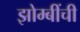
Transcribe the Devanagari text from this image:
झोम्बींची